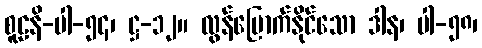
စူဠနိ-ပါ-၅၄၊ ဋ္ဌ-၁၂။ လွန်မြောက်နိုင်သော ဒါန၊ ပါ-၅၈၊